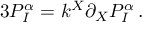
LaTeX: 3 P _ { I } ^ { \alpha } = k ^ { X } \partial _ { X } P _ { I } ^ { \alpha } \, .